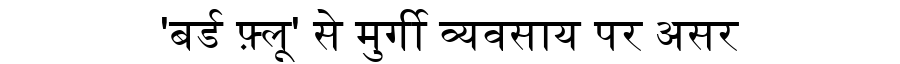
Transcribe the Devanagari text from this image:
'बर्ड फ़्लू' से मुर्गी व्यवसाय पर असर